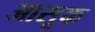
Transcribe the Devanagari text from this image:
आसूक